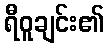
ရီဝူချင်း၏